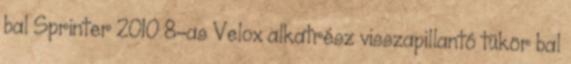
bal Sprinter 2010 8-as Velox alkatrész visszapillantó tükör bal